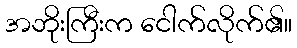
အဘိုးကြီးက ငေါက်လိုက်၏။